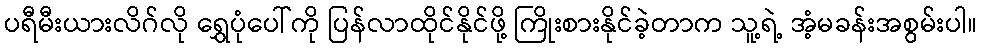
ပရီမီးယားလိဂ်လို ရွှေပုံပေါ်ကို ပြန်လာထိုင်နိုင်ဖို့ ကြိုးစားနိုင်ခဲ့တာက သူ့ရဲ့ အံ့မခန်းအစွမ်းပါ။